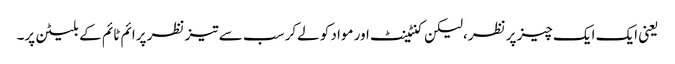
یعنی ایک ایک چیز پر نظر،لیکن کنٹینٹ اور مواد کو لےکر سب سے تیز نظر پرائم ٹائم کے بلیٹن پر۔